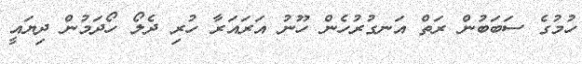
ހުމުގެ ސަބަބުން ރަތް އަނގުރުހެން ހޫނު އަރައަރާ ހުރި ދެލޯ ހޯދަމުން ދިޔައީ